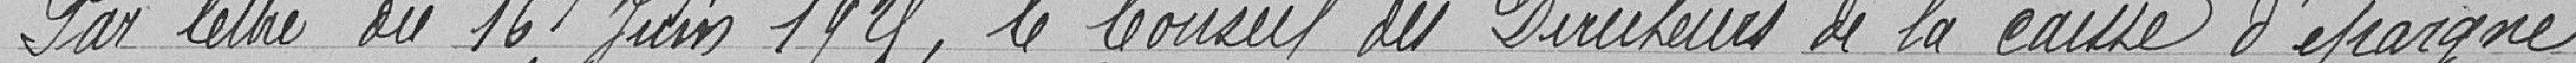
Par lettre du 16 juin 1928, le Conseil des Directeurs de la caisse d'épargne